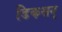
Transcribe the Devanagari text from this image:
डिकसन्